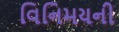
વિનિમયની